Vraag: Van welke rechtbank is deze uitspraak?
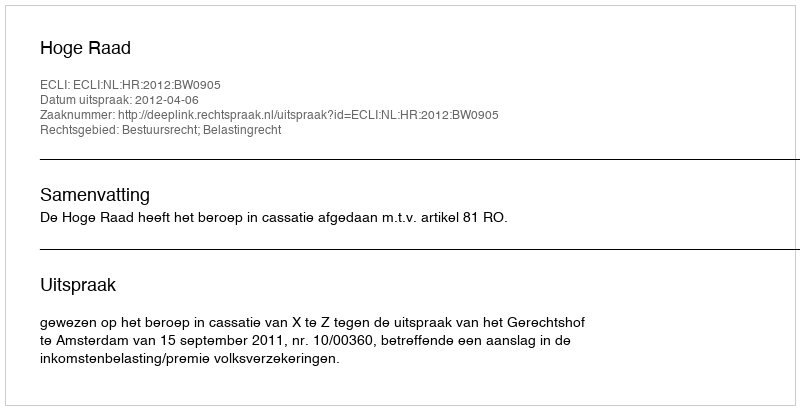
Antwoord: Hoge Raad